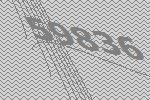
59836